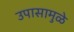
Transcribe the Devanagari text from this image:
उपासामुळे